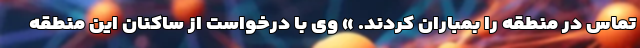
تماس در منطقه را بمباران کردند. » وی با درخواست از ساکنان این منطقه